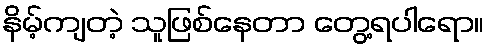
နိမ့်ကျတဲ့ သူဖြစ်နေတာ တွေ့ရပါရော။